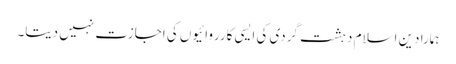
ہمارا دین اسلام دہشت گردی کی ایسی کارروائیوں کی اجازت نہیں دیتا۔